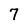
Character: 7